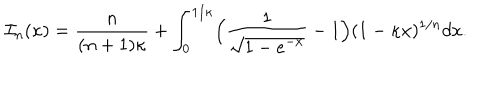
{ \cal I } _ { n } ( \kappa ) = { \frac { n } { ( n + 1 ) \kappa } } + \int _ { 0 } ^ { 1 / \kappa } \Bigl ( { \frac { \displaystyle 1 } { \displaystyle \sqrt { 1 - e ^ { - x } } } } - 1 \Bigr ) ( 1 - \kappa x ) ^ { 1 / n } d x .